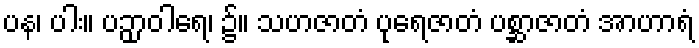
ပန၊ ပါး။ ပဉှာဝါရေ၊ ၌။ သဟဇာတံ ပုရေဇာတံ ပစ္ဆာဇာတံ အာဟာရံ